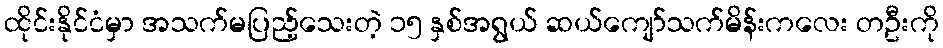
ထိုင်းနိုင်ငံမှာ အသက်မပြည့်သေးတဲ့ ၁၅ နှစ်အရွယ် ဆယ်ကျော်သက်မိန်းကလေး တဦးကို